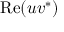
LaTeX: \mathrm { R e } ( u v ^ { * } )